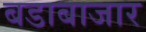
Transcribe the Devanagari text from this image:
बडाबाजार